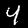
Digit: 4